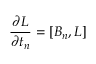
{ \frac { \partial { \cal L } } { \partial t _ { n } } } = [ { \cal B } _ { n } , { \cal L } ]